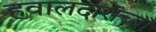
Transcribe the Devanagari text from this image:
हवालदारांच्या